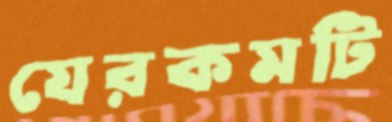
যেরকমটি